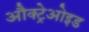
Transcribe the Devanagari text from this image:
औक्ट्रेओइड